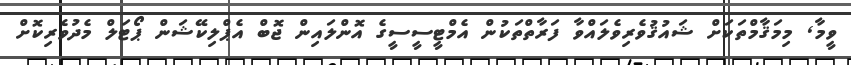
ވީމާ